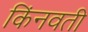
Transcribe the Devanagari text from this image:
किंनवती